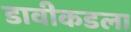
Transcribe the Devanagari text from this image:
डावीकडला